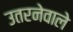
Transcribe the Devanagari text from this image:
उतरनेवाले